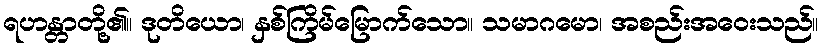
ရဟန္တာတို့၏။ ဒုတိယော၊ နှစ်ကြိမ်မြောက်သော။ သမာဂမော၊ အစည်းအဝေးသည်။